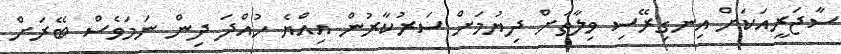
ސާޖަރީއަކަށް އިނގިރޭސި ވިލާތަށް ދިޔުމަށް ސަރުކާރުން އިއްޔެ ހުއްދަ ދިން ނަމަވެސް ބޭރަށް